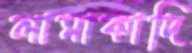
লামাকাদি